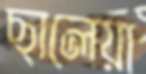
ছালেয়া